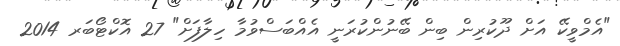
"އެމްވީކޭ އަށް ދޫކުރިން ބިން ބޭނުންކުރަނީ އެއްބަސްވުމާ ހިލާފަށް" 27 އޮކްޓޯބަރ 2014